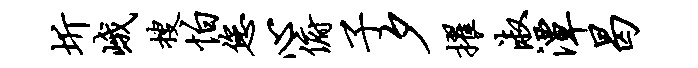
圻峨搜怕您心俯子夕擢淑潭曷